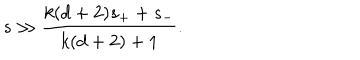
s \gg { \frac { k ( d + 2 ) s _ { + } + s _ { - } } { k ( d + 2 ) + 1 } } .